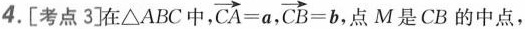
4.[考点3]在\triangle ABC中，$$\overrightarrow{CA}=a$$ $$\overrightarrow{CB}=b$$,点M是CB的中点，